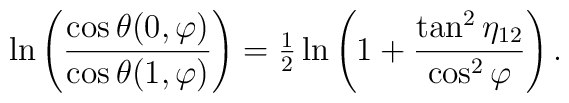
\ln\left(\frac{\cos\theta(0,\varphi)}{\cos\theta(1,\varphi)}\right)= {\textstyle{1\over2}} \ln\left( 1 + \frac{\tan^2\eta_{12}}{\cos^2\varphi}\right) .